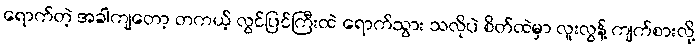
ရောက်တဲ့ အခါကျတော့ တကယ့် လွင်ပြင်ကြီးထဲ ရောက်သွား သလိုပဲ စိတ်ထဲမှာ လူးလွန့် ကျက်စားလို့